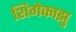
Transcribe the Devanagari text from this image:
शिगेकाझु